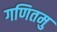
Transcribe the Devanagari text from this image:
गणितमु